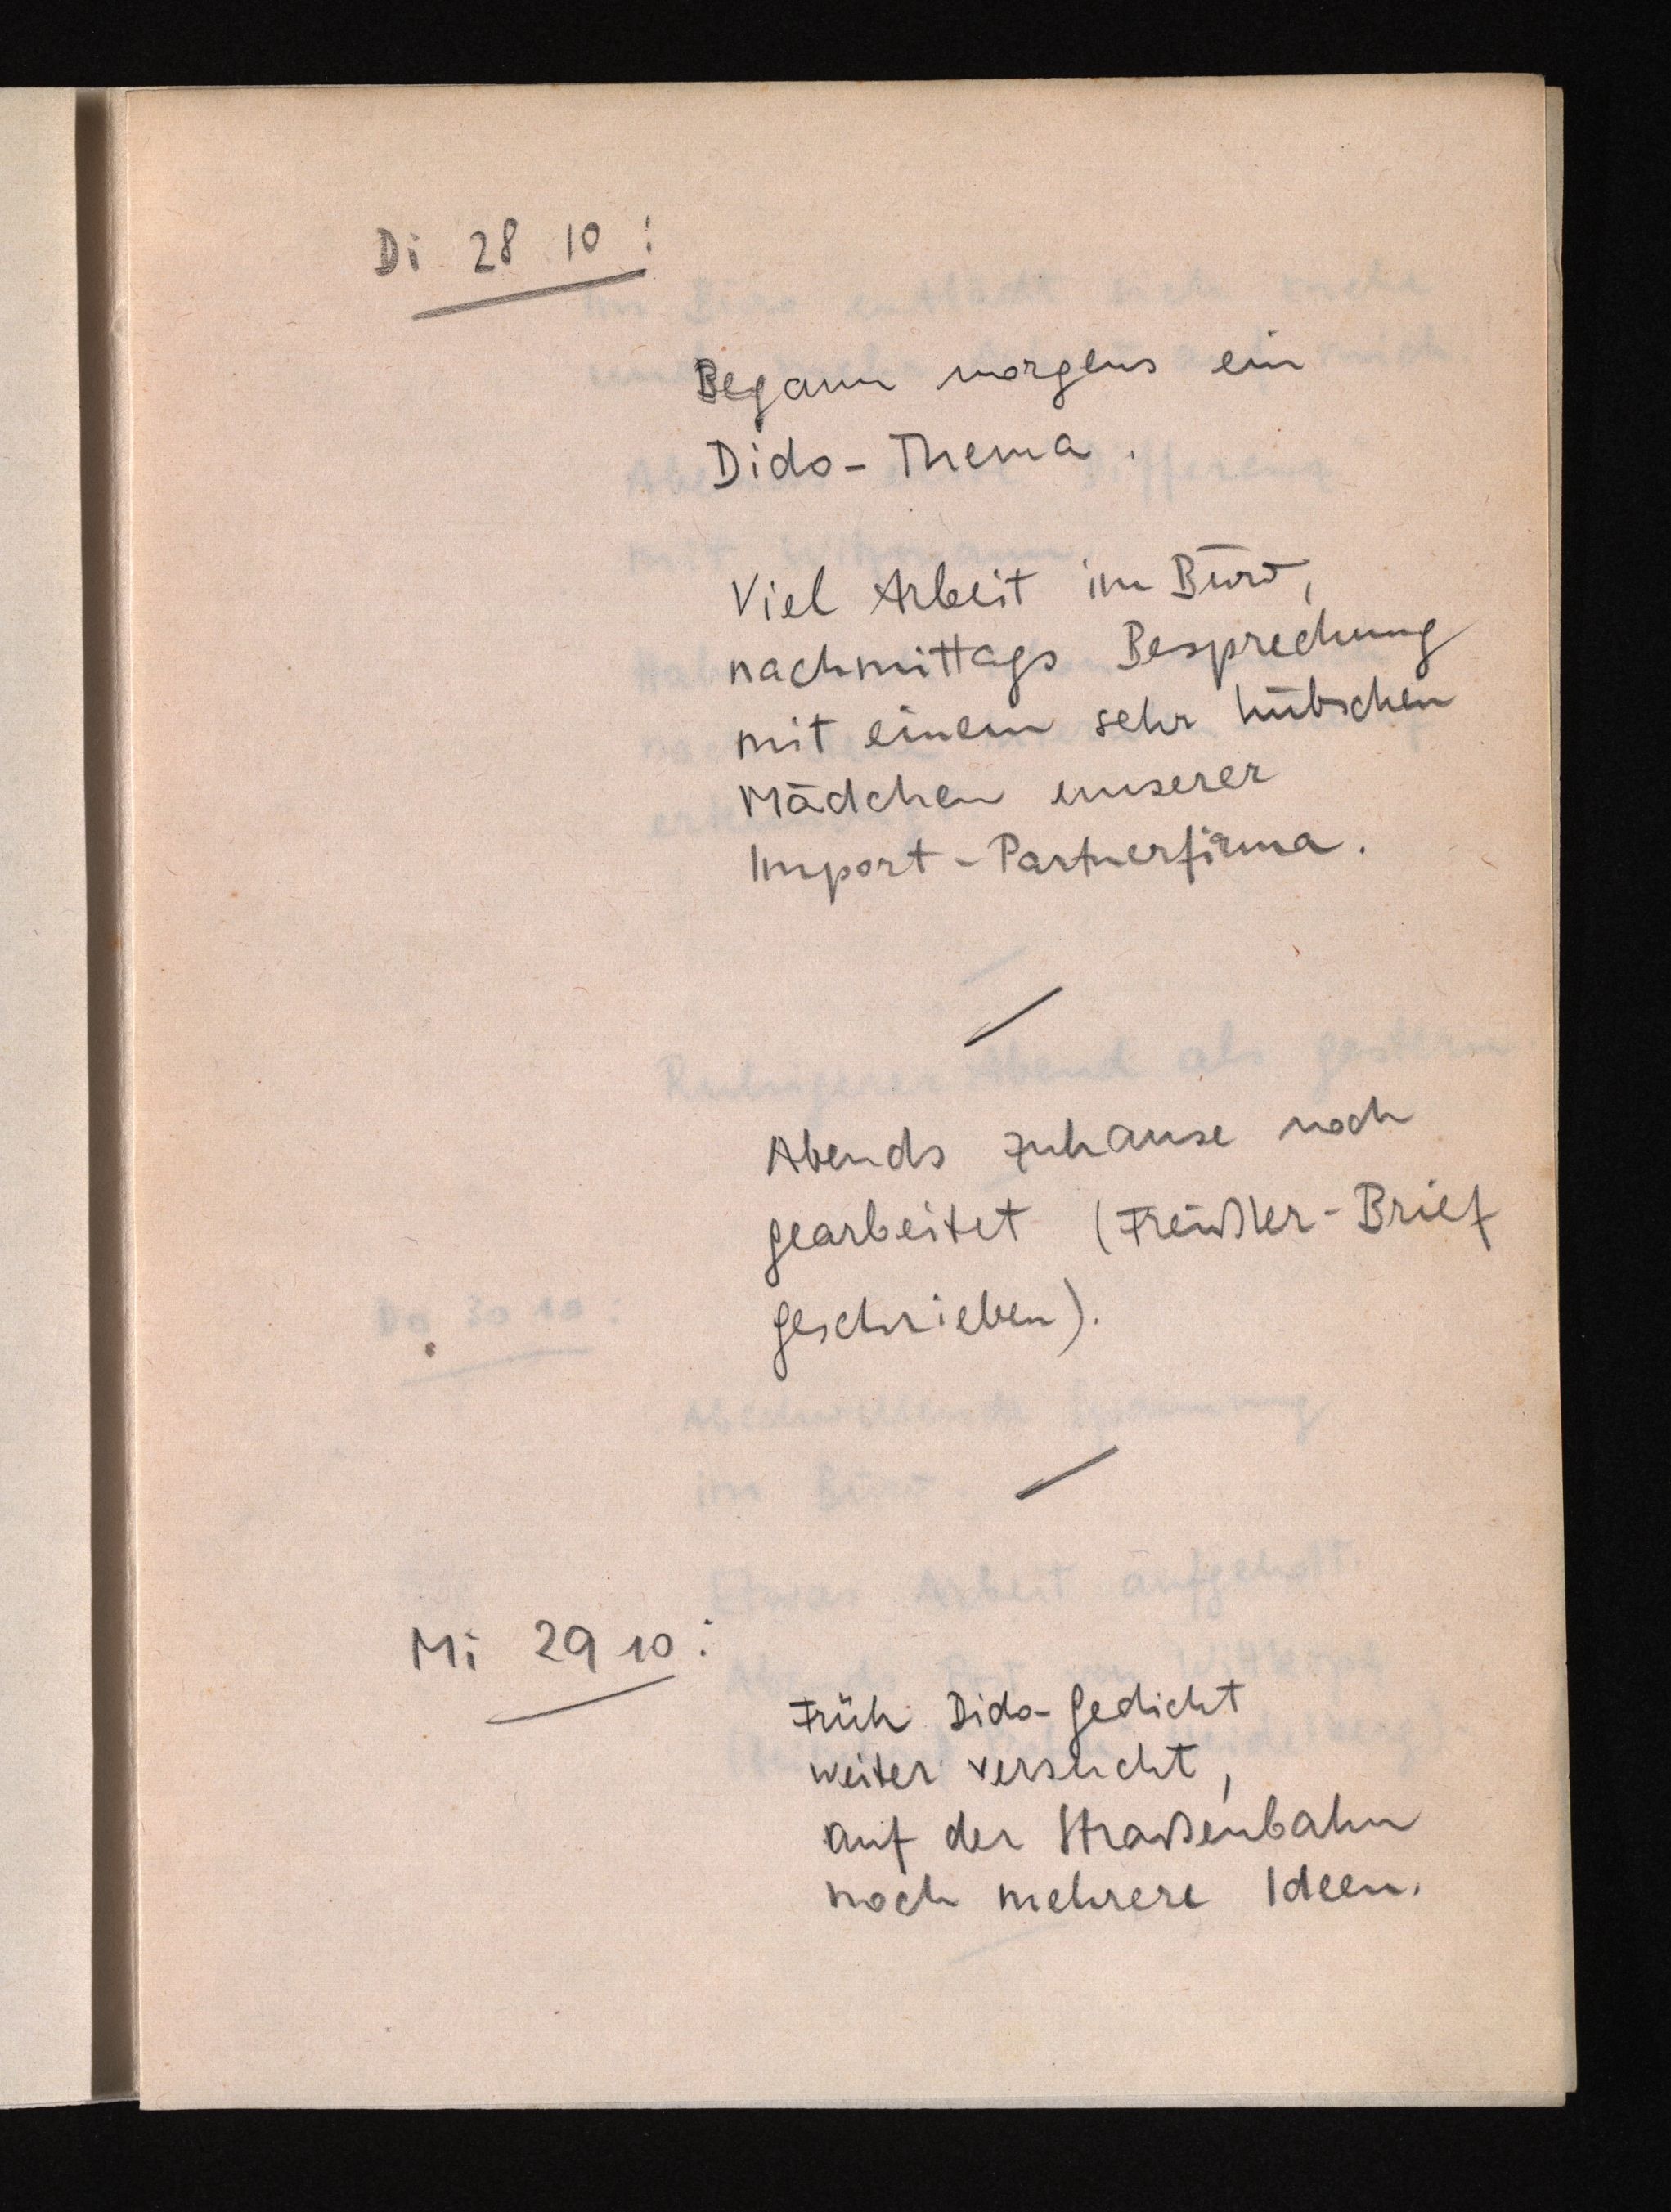
Di 28 10:
Begann morgens ein
Dido-Thema.
Viel Arbeit im Büro,
nachmittags Besprechung
mit einem sehr hübschen
Mädchen unserer
Import-Partnerfirma.
Abends zuhause noch
gearbeitet (Freißler-Brief
geschrieben).
Mi 29 10:
Früh Dido-Gedicht
weiter versucht,
auf der Straßenbahn
noch mehrere Ideen.